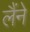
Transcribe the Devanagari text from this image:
लैंने